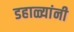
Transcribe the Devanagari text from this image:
डहाळ्यांनी